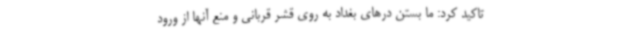
تاکید کرد: ما بستن درهای بغداد به روی قشر قربانی و منع آنها از ورود